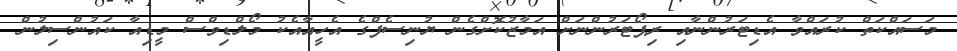
މަސައްކަތް ކުރައްވާ އެޑިޓަރުންނާއި ރިޕޯޓަރުންނަށް އަމާޒުކޮށްގެން ޔުނިސެފްގެ އެހީއާއެކު މޯލްޑިވްސް މީޑިއާ ކައުންސިލުން